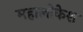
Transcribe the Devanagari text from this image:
महालोकेश